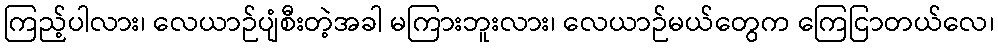
ကြည့်ပါလား၊ လေယာဉ်ပျံစီးတဲ့အခါ မကြားဘူးလား၊ လေယာဉ်မယ်တွေက ကြေငြာတယ်လေ၊